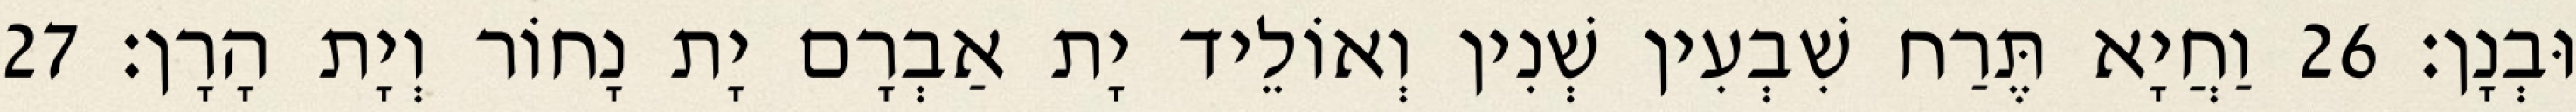
וּבְנָן׃ 26 וַחֲיָא תֶּרַח שִׁבְעִין שְׁנִין וְאוֹלֵיד יָת אַבְרָם יָת נָחוֹר וְיָת הָרָן׃ 27